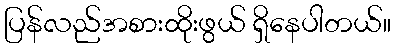
ပြန်လည်အစားထိုးဖွယ် ရှိနေပါတယ်။